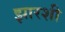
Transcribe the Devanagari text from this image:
झारशी